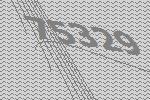
75329